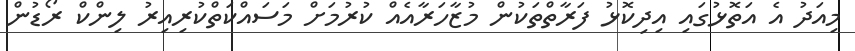
މިއަދު އެ އަތޮޅުގައި އިދިކޮޅު ފަރާތްތަކުން މުޒާހަރާއެއް ކުރުމަށް މަސައްކަތްކުރިއިރު ލިންކް ރޯޑުން